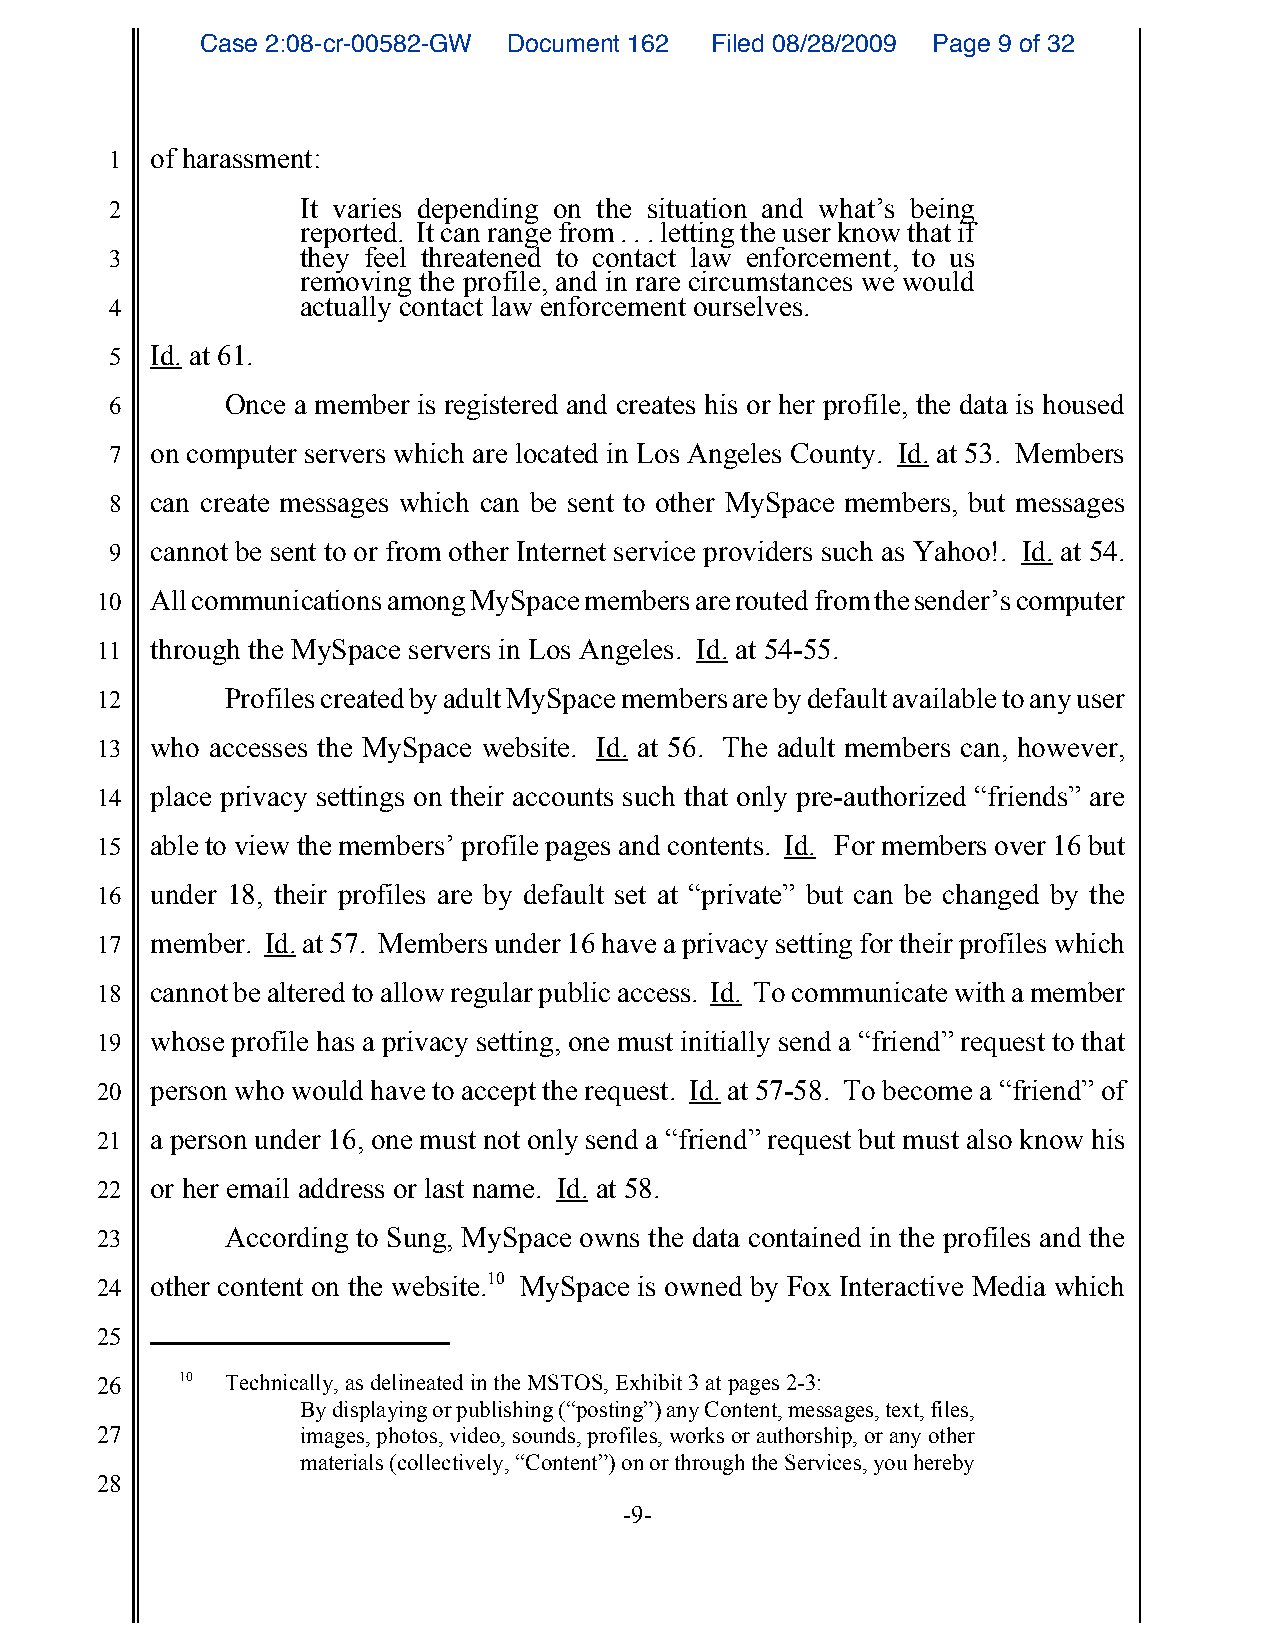
Case 2:08-cr-00582-GW Document 162 Filed 08/28/2009 Page 9 of 32
 1  of harassment:
 2            It varies depending on the situation and what’s being
 reported. It can range from . . . letting the user know that if
 3            they feel threatened to contact law enforcement, to us
 removing the profile, and in rare circumstances we would
 4            actually contact law enforcement ourselves.
 5  Id. at 61.
 6       Once a member is registered and creates his or her profile, the data is housed
 7  on computer servers which are located in Los Angeles County. Id. at 53. Members
 8  can create messages which can be sent to other MySpace members, but messages
 9  cannot be sent to or from other Internet service providers such as Yahoo!. Id. at 54.
 10  All communications among MySpace members are routed from the sender’s computer
 11  through the MySpace servers in Los Angeles. Id. at 54-55.
 12       Profiles created by adult MySpace members are by default available to any user
 13  who accesses the MySpace website. Id. at 56. The adult members can, however,
 14  place privacy settings on their accounts such that only pre-authorized “friends” are
 15  able to view the members’ profile pages and contents. Id. For members over 16 but
 16  under 18, their profiles are by default set at “private” but can be changed by the
 17  member. Id. at 57. Members under 16 have a privacy setting for their profiles which
 18  cannot be altered to allow regular public access. Id. To communicate with a member
 19  whose profile has a privacy setting, one must initially send a “friend” request to that
 20  person who would have to accept the request. Id. at 57-58. To become a “friend” of
 21  a person under 16, one must not only send a “friend” request but must also know his
 22  or her email address or last name. Id. at 58.
 23       According to Sung, MySpace owns the data contained in the profiles and the
 24  other content on the website.10 MySpace is owned by Fox Interactive Media which
 25
 26    10 Technically, as delineated in the MSTOS, Exhibit 3 at pages 2-3:
 By displaying or publishing (“posting”) any Content, messages, text, files,
 27            images, photos, video, sounds, profiles, works or authorship, or any other
 materials (collectively, “Content”) on or through the Services, you hereby
 28
 -9-